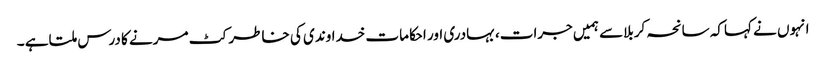
انہوں نے کہاکہ سانحہ کربلاسے ہمیں جرات،بہادری اور احکامات خداوندی کی خاطر کٹ مرنے کا درس ملتاہے ۔